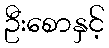
ဦးစောနှင့်